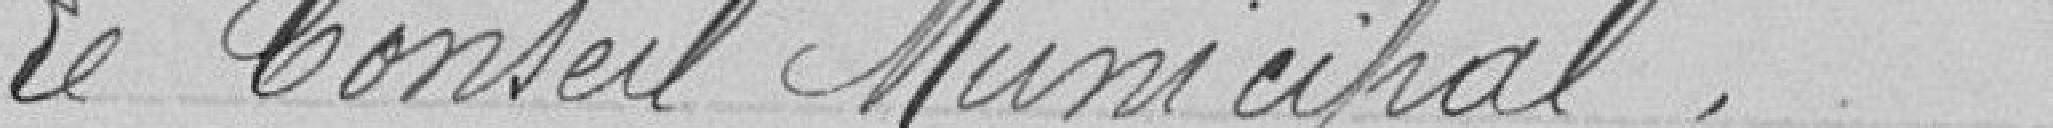
Le Conseil Municipal